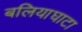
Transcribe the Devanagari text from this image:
बलियाघाटा